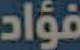
فؤاد